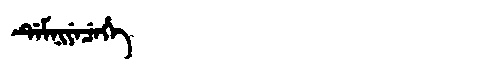
Manchu: ᡩᡝᠮᠨᡳᠶᡝᠴᡝᡥᡝ
Romanization: DEMNIYECEHE